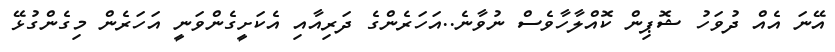
އޭނަ އެއް ދުވަހު ޝޮޕިން ކޮއްލާހާވެސް ނުވާނެ..އަހަރެންގެ ދަރިއާއި އެކަށީގެންވަނީ އަހަރެން މިގެންގުޅޭ